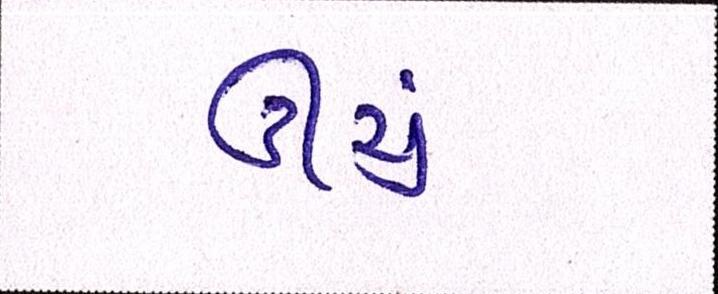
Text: ઊંચું